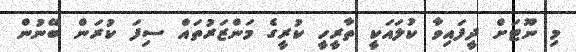
މި ނޫޓަށް ދީފައިވާ ކުލައަކީ ތާރީހީ ކުރީގެ މަންޒަރުތައް ސިފަ ކުރަން ބޭނުން